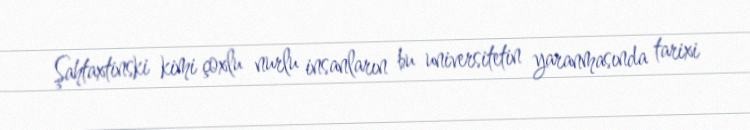
Şahtaxtinski kimi çoxlu nurlu insanların bu universitetin yaranmasında tarixi